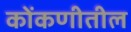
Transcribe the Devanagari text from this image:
कोंकणीतील